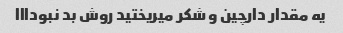
یه مقدار دارچین و شکر میریختید روش بد نبودااا